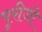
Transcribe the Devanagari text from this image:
पुरीजी